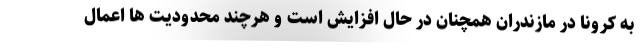
به کرونا در مازندران همچنان در حال افزایش است و هرچند محدودیت ها اعمال